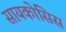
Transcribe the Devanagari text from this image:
सायकोसिस